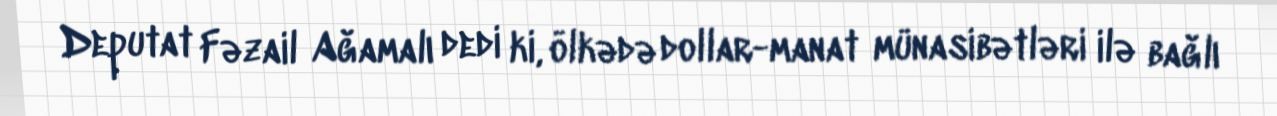
Deputat Fəzail Ağamalı dedi ki, ölkədə dollar-manat münasibətləri ilə bağlı